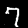
Label: 7